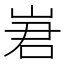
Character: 㟒